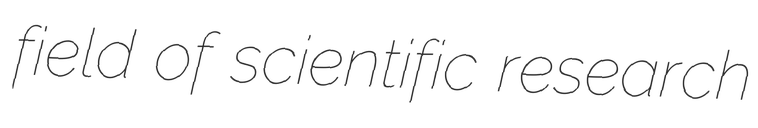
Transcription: field of scientific research